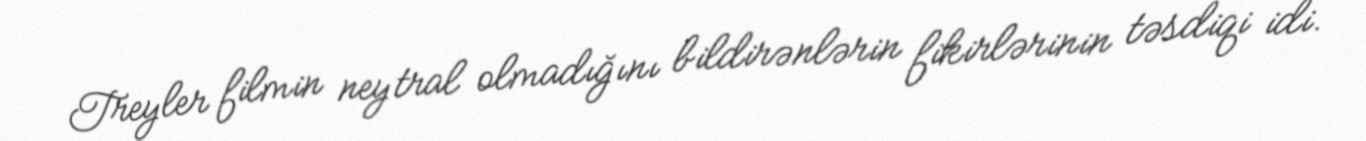
Treyler filmin neytral olmadığını bildirənlərin fikirlərinin təsdiqi idi.